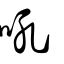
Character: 吼